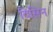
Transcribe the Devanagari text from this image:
विसिन